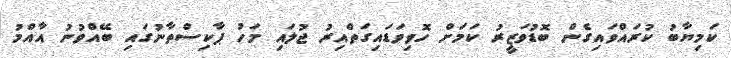
ކަމިޔާބު ކުރައްވައިގެން ބޮޑުވަޒީރު ކަަމަށް ހޮވިވަޑައިގަތްއިރު ޖުލައި މަހު ޕާކިސްތާނުގައި ބޭއްވުނު އާއްމު